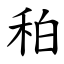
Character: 䄸